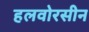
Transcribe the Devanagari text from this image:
हलवोरसीन